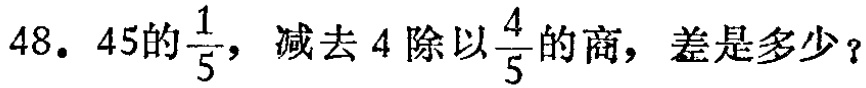
48. \(45的\frac{1}{5}，减去4除以\frac{4}{5}的商，差是多少？\)